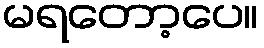
မရတော့ပေ။